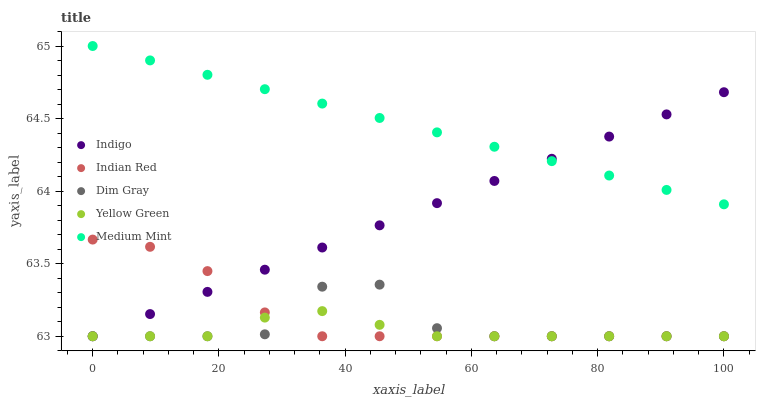
| xaxis_label | Indigo | Indian Red | Dim Gray | Yellow Green | Medium Mint |
 | --- | --- | --- | --- | --- | --- |
 | 0 | 63 | 63.7 | 63 | 63 | 65 |
 | 9.09 | 63.2 | 63.6 | 63 | 63 | 64.9 |
 | 18.2 | 63.3 | 63.4 | 63 | 63 | 64.8 |
 | 27.3 | 63.5 | 63.2 | 63 | 63.1 | 64.7 |
 | 36.4 | 63.6 | 63 | 63.3 | 63.2 | 64.6 |
 | 45.5 | 63.8 | 63 | 63.4 | 63.1 | 64.5 |
 | 54.5 | 63.9 | 63 | 63.1 | 63 | 64.4 |
 | 63.6 | 64.1 | 63 | 63 | 63 | 64.3 |
 | 72.7 | 64.2 | 63 | 63 | 63 | 64.2 |
 | 81.8 | 64.4 | 63 | 63 | 63 | 64.1 |
 | 90.9 | 64.5 | 63 | 63 | 63 | 64 |
 | 100 | 64.7 | 63 | 63 | 63 | 63.9 |